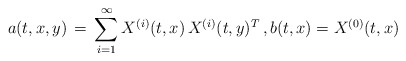
\begin{align*}a(t,x,y) \,=\, \sum_{i=1}^{\infty}X^{(i)}(t,x)\, X^{(i)}(t,y)^{T}\,,b(t,x)=X^{(0)}(t,x)\,\end{align*}